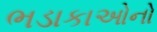
ભડાકાઓનો